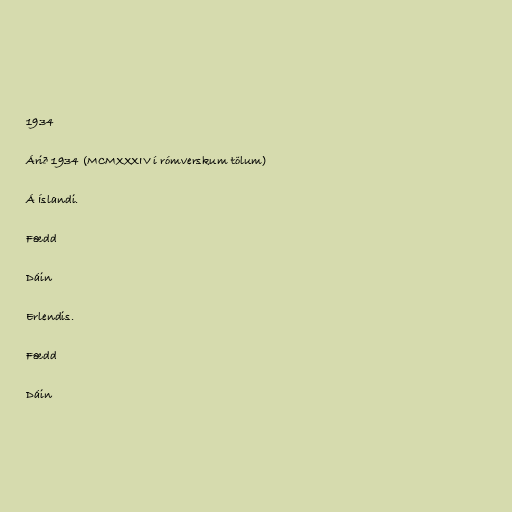
1934

Árið 1934 (MCMXXXIV í rómverskum tölum)

Á Íslandi.

Fædd

Dáin

Erlendis.

Fædd

Dáin